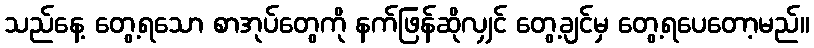
သည်နေ့ တွေ့ရသော စာအုပ်တွေကို နက်ဖြန်ဆိုလျှင် တွေ့ချင်မှ တွေ့ရပေတော့မည်။